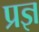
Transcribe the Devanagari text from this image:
प्रज्ञ